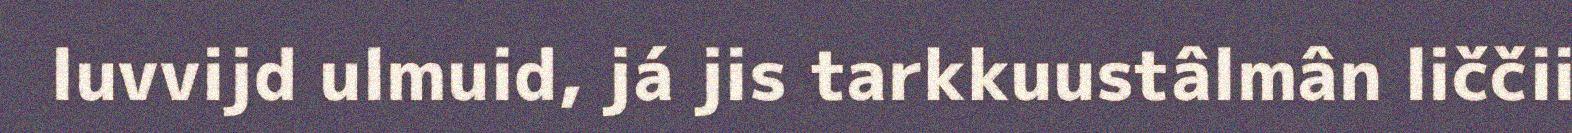
luvvijd ulmuid, já jis tarkkuustâlmân liččii